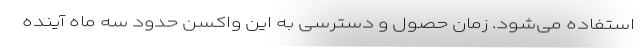
استفاده می‌شود. زمان حصول و دسترسی به این واکسن حدود سه ماه آینده